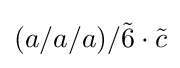
(a/a/a)/{\tilde {6}}\cdot {\tilde {c}}